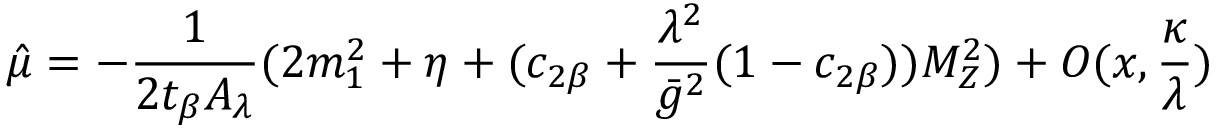
\hat { \mu } = - \frac { 1 } { 2 t _ { \beta } A _ { \lambda } } ( 2 m _ { 1 } ^ { 2 } + \eta + ( c _ { 2 \beta } + \frac { \lambda ^ { 2 } } { \bar { g } ^ { 2 } } ( 1 - c _ { 2 \beta } ) ) M _ { Z } ^ { 2 } ) + O ( x , \frac { \kappa } { \lambda } )